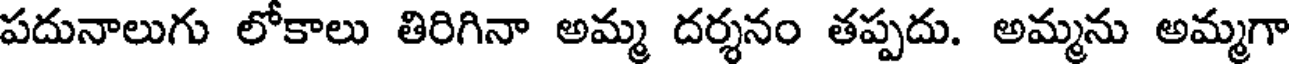
పదునాలుగు లోకాలు తిరిగినా అమ్మ దర్శనం తప్పదు. అమ్మను అమ్మగా